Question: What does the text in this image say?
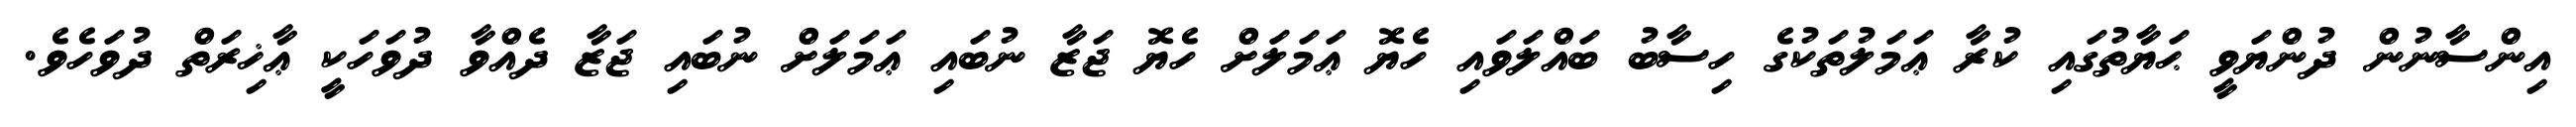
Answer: އިންސާނުން ދުންޔަވީ ޙަޔާތުގައި ކުރާ ޢަމަލުތަކުގެ ހިސާބު ބައްލަވައި ހެޔޮ ޢަމަލަށް ހެޔޮ ޖަޒާ ނުބައި ޢަމަލަށް ނުބައި ޖަޒާ ދެއްވާ ދުވަހަކީ ޢާޚިރަތް ދުވަހެވެ.